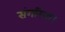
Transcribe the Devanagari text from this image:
संगरिया।